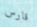
قارس